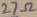
Text: 27Ω